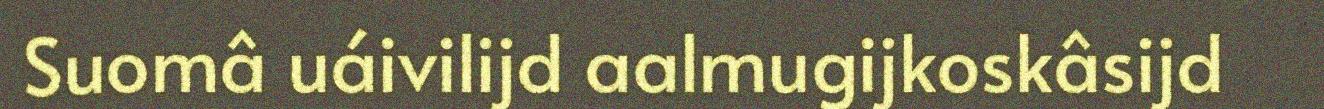
Suomâ uáivilijd aalmugijkoskâsijd